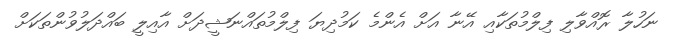
ނަހުލާ ރޮއްވާލި ފިލްމުތަކާއި އޭނާ އަށް އެންމެ ކަމުދިޔަ ފިލްމުތައްނަޝީދަށް އާއިލީ ބައްދަލުވުންތަކަށް